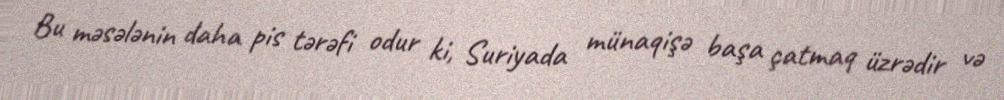
Bu məsələnin daha pis tərəfi odur ki, Suriyada münaqişə başa çatmaq üzrədir və